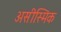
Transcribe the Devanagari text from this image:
असीस्मिक